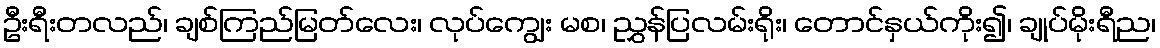
ဦးရီးတလည်၊ ချစ်ကြည်မြတ်လေး၊ လုပ်ကျွေး မစ၊ ညွှန်ပြလမ်းရိုး၊ တောင်နှယ်ကိုး၍၊ ချုပ်မိုးရီည၊